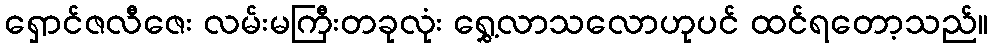
ရှောင်ဇလီဇေး လမ်းမကြီးတခုလုံး ရွှေ့လာသလောဟုပင် ထင်ရတော့သည်။